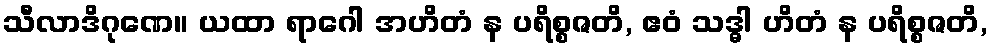
သီလာဒိဂုဏေ။ ယထာ ရာဂေါ အဟိတံ န ပရိစ္စဇတိ, ဧဝံ သဒ္ဓါ ဟိတံ န ပရိစ္စဇတိ,